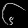
Digit: ၆